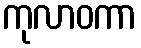
ကုလာဝကာ